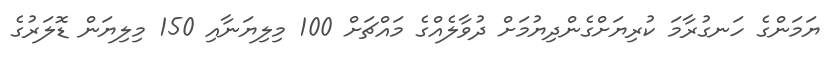
ޔަމަންގެ ހަނގުރާމަ ކުރިޔަށްގެންދިޔުމަށް ދުވާލެއްގެ މައްޗަށް 100 މިލިޔަނާއި 150 މިލިޔަން ޑޮލަރުގެ